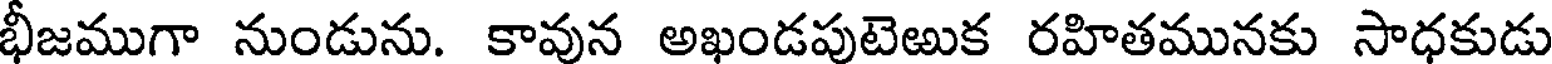
భీజముగా నుండును. కావున అఖండపుటెఱుక రహితమునకు సాధకుడు